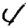
Digit: 4